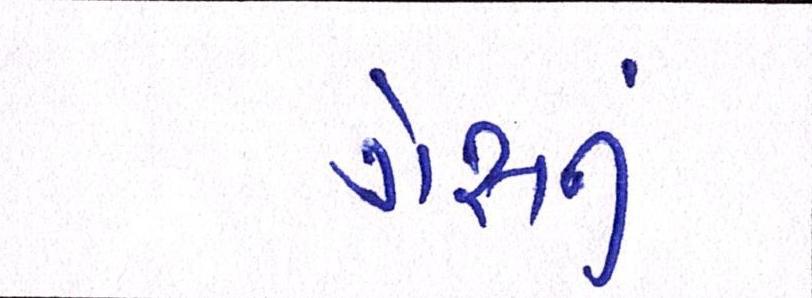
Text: ગેસનું